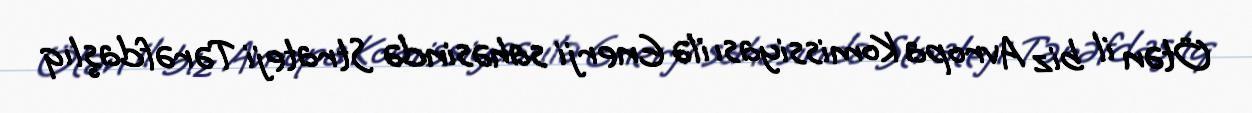
Ötən il biz Avropa Komissiyası ilə Enerji sahəsində Strateji Tərəfdaşlıq